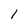
Character: l